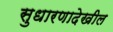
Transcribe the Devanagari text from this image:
सुधारणादेखील